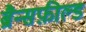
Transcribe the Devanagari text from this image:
ब्रैन्सफ़ील्ड